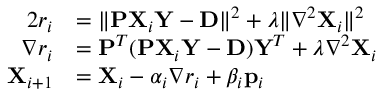
\begin{array} { r l } { 2 r _ { i } } & { = \Vert \mathbf { P X } _ { i } \mathbf { Y } - \mathbf { D } \Vert ^ { 2 } + \lambda \Vert \nabla ^ { 2 } \mathbf { X } _ { i } \Vert ^ { 2 } } \\ { \nabla r _ { i } } & { = \mathbf { P } ^ { T } ( \mathbf { P X } _ { i } \mathbf { Y } - \mathbf { D } ) \mathbf { Y } ^ { T } + \lambda \nabla ^ { 2 } \mathbf { X } _ { i } } \\ { \mathbf { X } _ { i + 1 } } & { = \mathbf { X } _ { i } - \alpha _ { i } \nabla { r _ { i } } + \beta _ { i } \mathbf { p } _ { i } } \end{array}